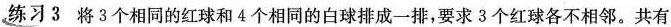
练习3 将3个相同的红球和4个相同的白球排成一排，要求3个红球各不相邻。共有